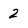
Character: 2